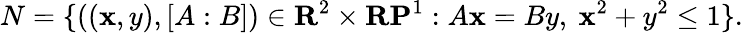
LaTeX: N=\{ ((\mathbf{x},y),[A:B])\in\mathbf{{R}}^{2}\times\mathbf{{RP}}^{1}:A\mathbf{x}=By,\ \mathbf{x}^{2}+y^{2}\leq1\} .